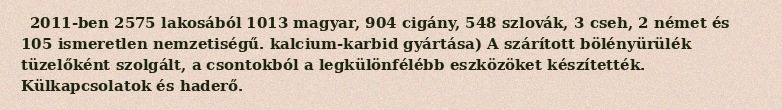
2011-ben 2575 lakosából 1013 magyar, 904 cigány, 548 szlovák, 3 cseh, 2 német és 105 ismeretlen nemzetiségű. kalcium-karbid gyártása) A szárított bölényürülék tüzelőként szolgált, a csontokból a legkülönfélébb eszközöket készítették. Külkapcsolatok és haderő.